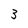
Character: 3